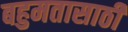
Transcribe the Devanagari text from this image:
बहुमतासाठी